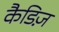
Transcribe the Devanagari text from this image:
कैडिज़